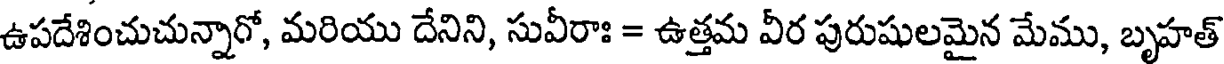
ఉపదేశించుచున్నారో, మరియు దేనిని, సువీరాః = ఉత్తమ వీర పురుషులమైన మేము, బృహత్